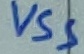
Text: VSS